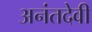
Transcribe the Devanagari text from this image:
अनंतदेवी